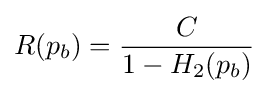
R(p_{b})={\frac {C}{1-H_{2}(p_{b})}}